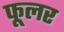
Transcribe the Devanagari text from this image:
फूलर